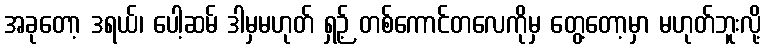
အခုတော့ ဒရယ်၊ ပေါ့ဆမ် ဒါမှမဟုတ် ရှဉ့် တစ်ကောင်တလေကိုမှ တွေ့တော့မှာ မဟုတ်ဘူးလို့